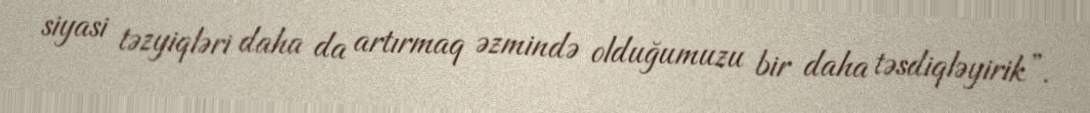
siyasi təzyiqləri daha da artırmaq əzmində olduğumuzu bir daha təsdiqləyirik”.